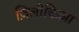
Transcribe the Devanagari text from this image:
ज़िलीकिआ